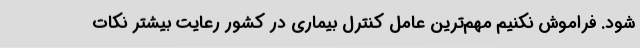
شود. فراموش نکنیم مهم‌ترین عامل کنترل بیماری در کشور رعایت بیشتر نکات